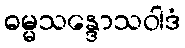
ဓမ္မသန္ဒောသဝါဒံ